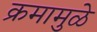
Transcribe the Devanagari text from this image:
क्रमामुळे